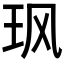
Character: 𮴆